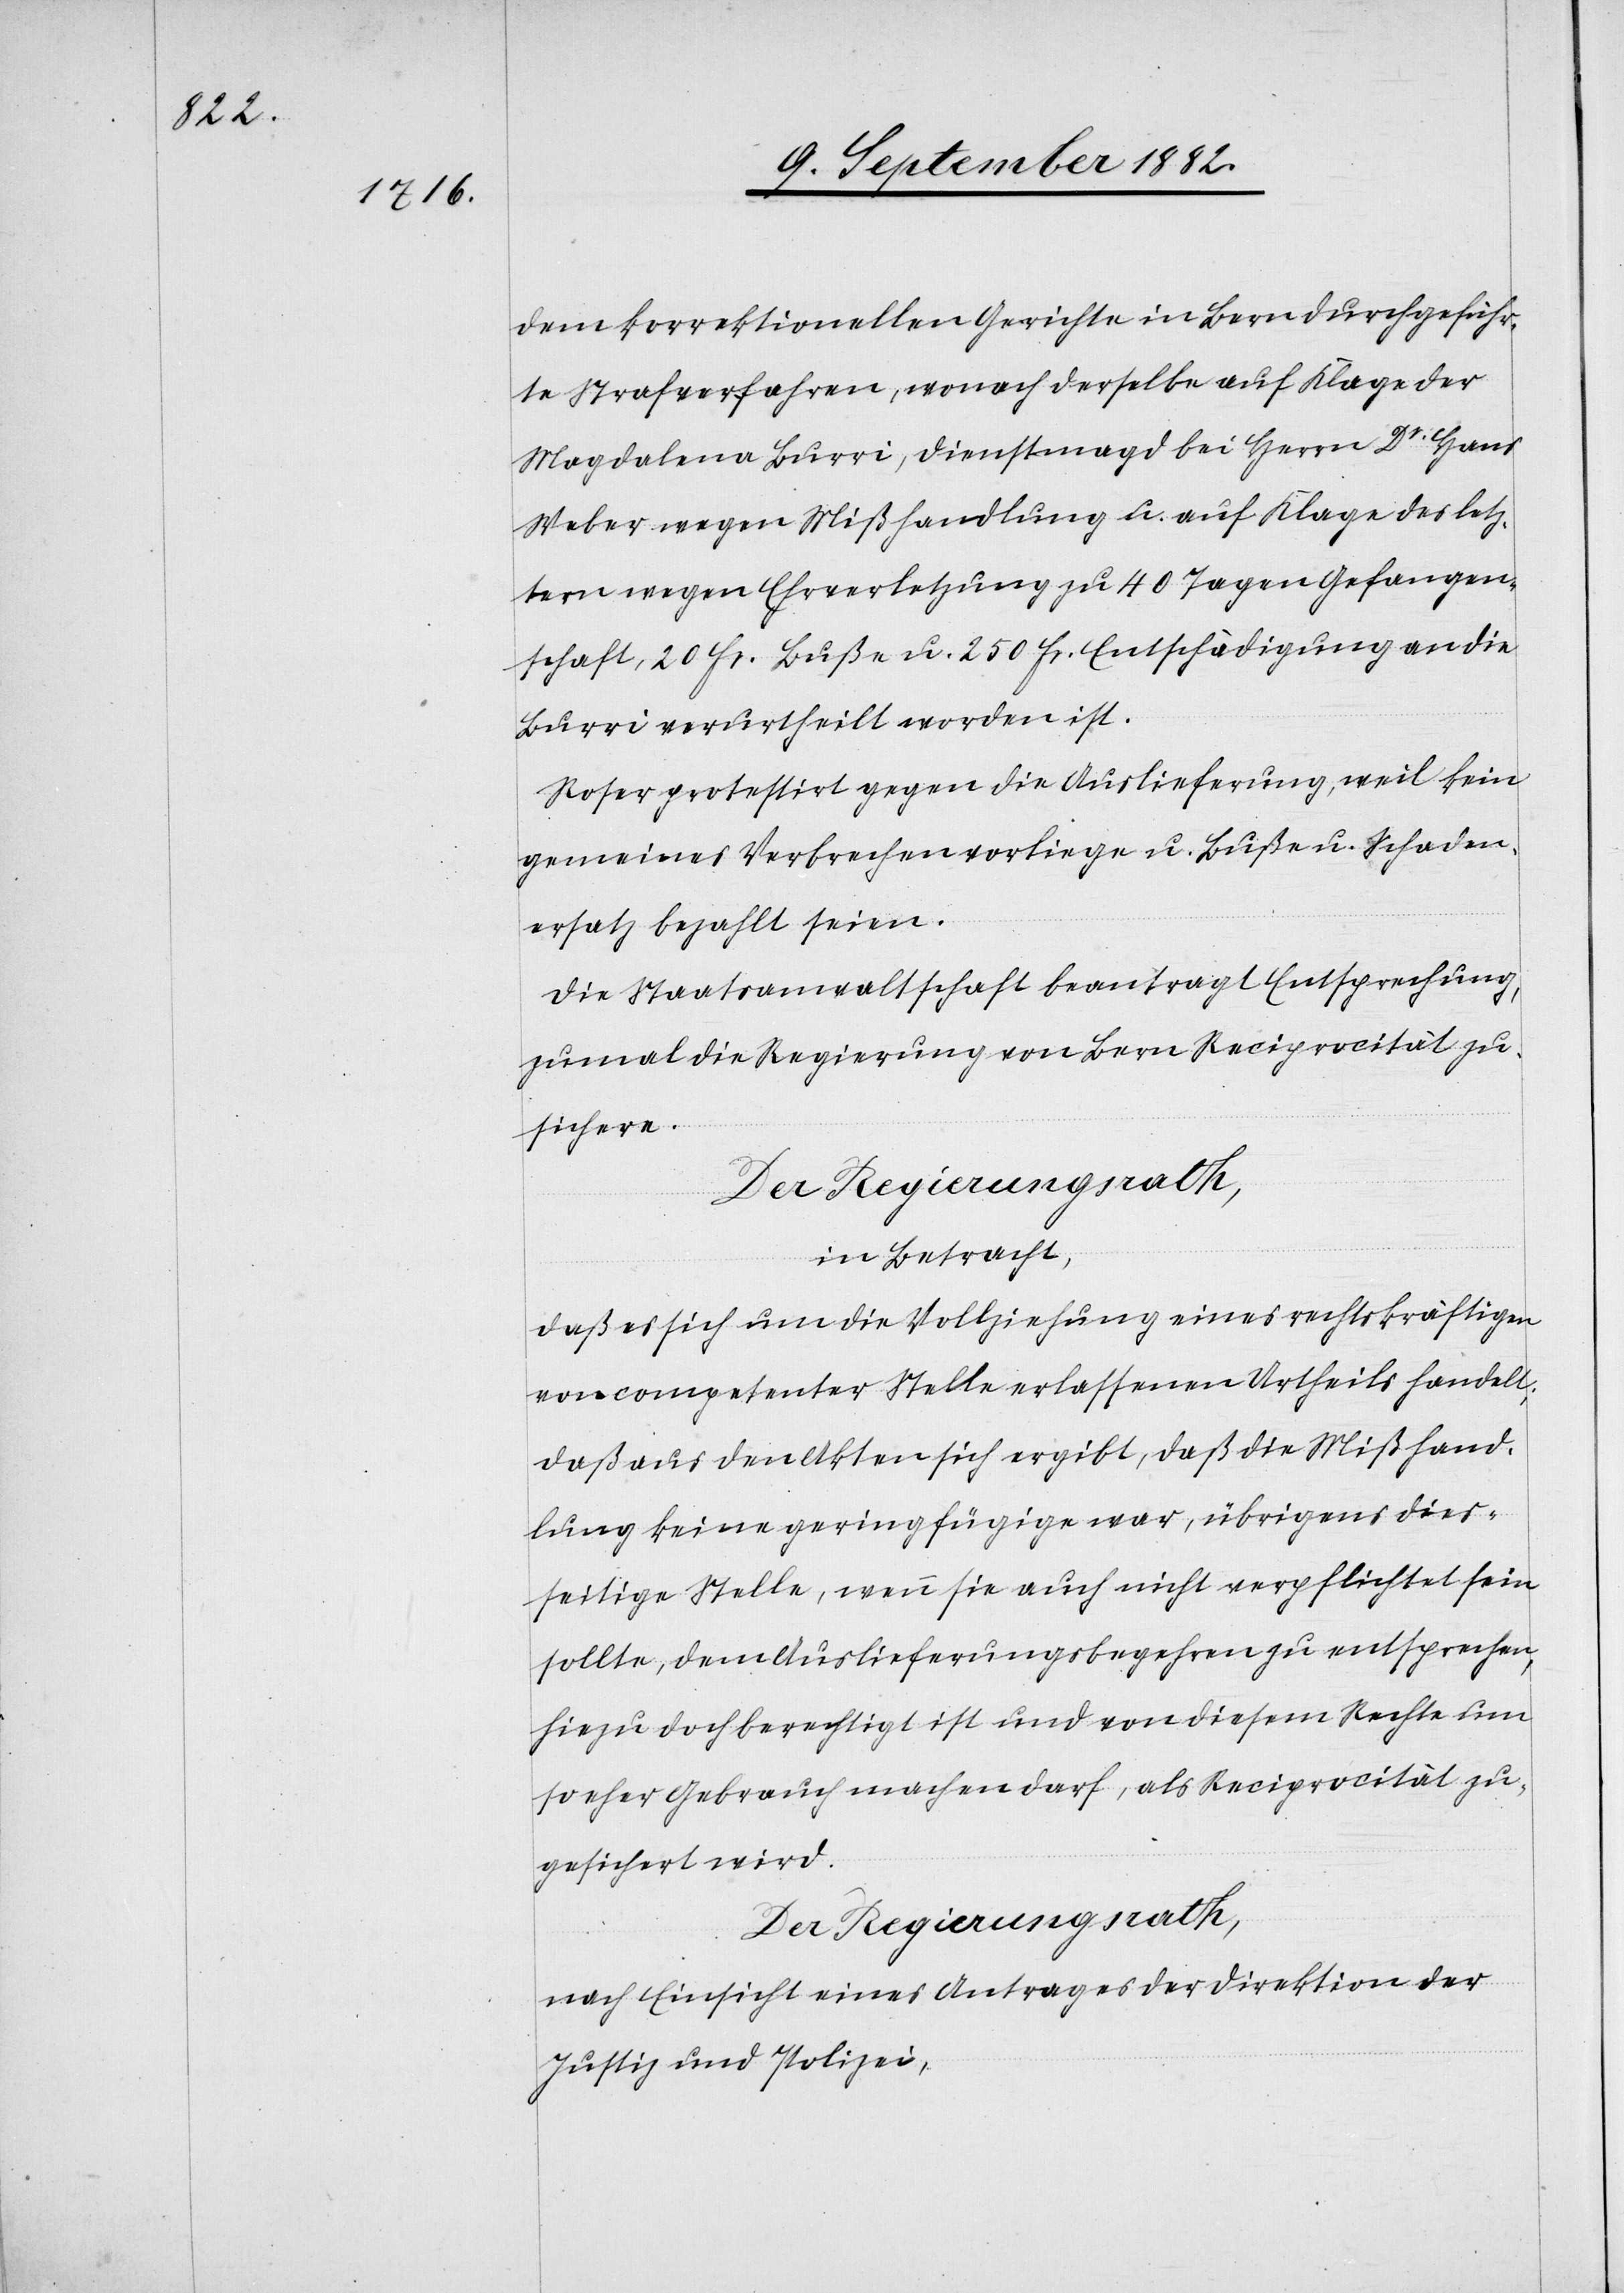
dem korrektionellen Gerichte in Bern durchgeführ¬
te Strafverfahren, wonach derselbe auf Klage der
Magdalena Burri, Dienstmagd bei Herrn Dr Hans
Weber wegen Mißhandlung u. auf Klage des letz¬
tern wegen Ehrverletzung zu 40 Tagen Gefangen¬
schaft, 20 Fr. Buße u. 250 Fr. Entschädigung an die
Burri verurtheilt worden ist.
Roser protestirt gegen die Auslieferung, weil kein
gemeines Verbrechen vorliege u. Buße u. Schaden¬
ersatz bezahlt seien.
Die Staatsanwaltschaft beantragt Entsprechung,
zumal die Regierung von Bern Reciprocität zu¬
sichere.
Der Regierungsrath,
in Betracht,
daß es sich um die Vollziehung eines rechtskräftigen,
von competenter Stelle erlassenen Urtheils handelt;
daß aus den Akten sich ergibt, daß die Mißhand¬
lung keine geringfügige war, übrigens dies¬
seitige Stelle, wenn sie auch nicht verpflichtet sein
sollte, dem Auslieferungsbegehren zu entsprechen,
hiezu doch berechtigt ist und von diesem Rechte um
so eher Gebrauch machen darf, als Reciprocität zu¬
gesichert wird.
Der Regierungsrath,
nach Einsicht eines Antrages der Direktion der
Justiz & Polizei,